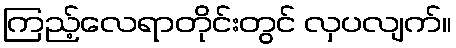
ကြည့်လေရာတိုင်းတွင် လှပလျက်။